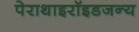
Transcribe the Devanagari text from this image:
पेराथाइरॉइडजन्य